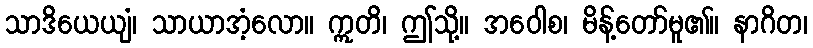
သာဒိယေယျံ၊ သာယာအံ့လော။ ဣတိ၊ ဤသို့။ အဝေါစ၊ မိန့်တော်မူ၏။ နာဂိတ၊